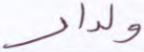
ولدار